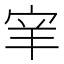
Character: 𫳅